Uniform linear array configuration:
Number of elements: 64
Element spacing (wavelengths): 0.25
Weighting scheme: uniform
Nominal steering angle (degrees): -60
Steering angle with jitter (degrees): -60.019
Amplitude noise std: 0.05
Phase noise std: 0.05

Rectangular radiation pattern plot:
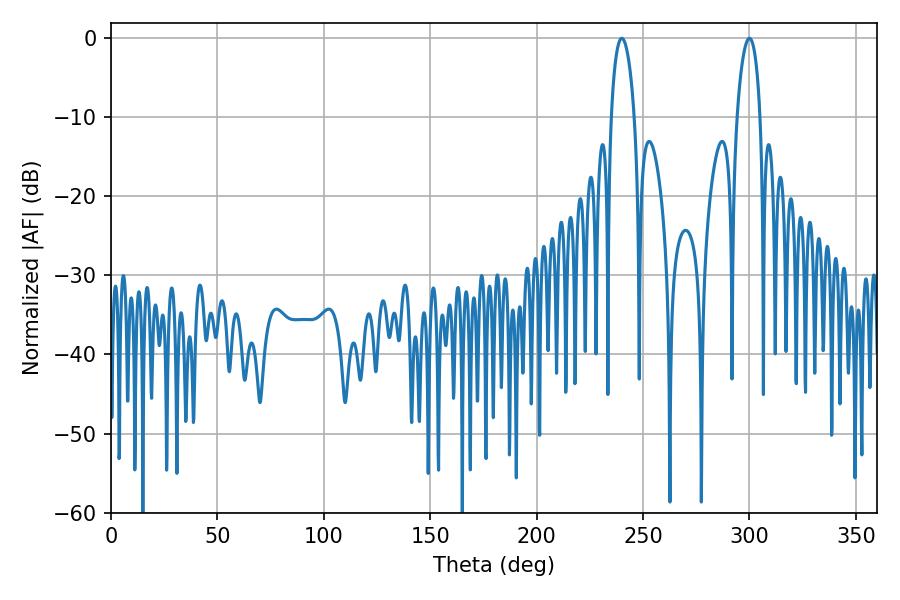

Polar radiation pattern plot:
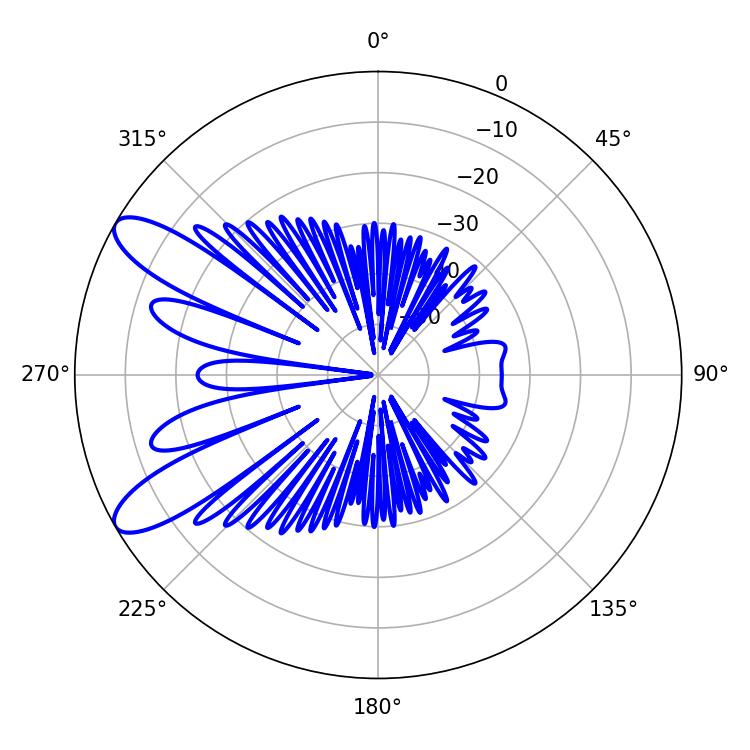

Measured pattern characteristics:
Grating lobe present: FALSE
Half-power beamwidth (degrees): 6.12
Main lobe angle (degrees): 239.94